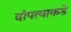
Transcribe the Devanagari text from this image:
दांपत्याकडे